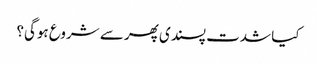
کیا شدت پسندی پھر سے شروع ہوگی؟